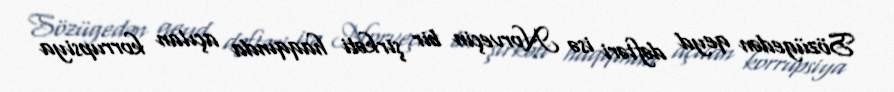
Sözügedən qeyd dəftəri isə Norveçin bir şirkəti haqqında açılan korrupsiya